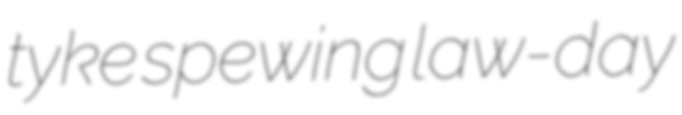
tyke spewing law-day